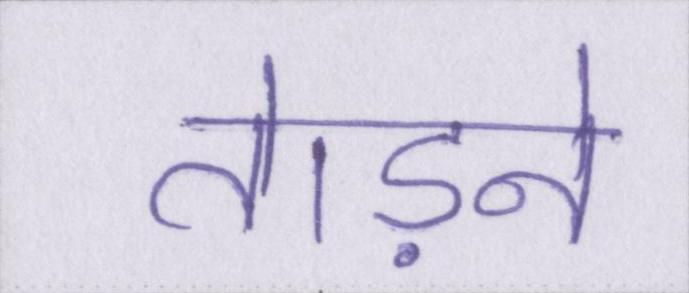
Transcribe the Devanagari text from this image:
तेाड़ने